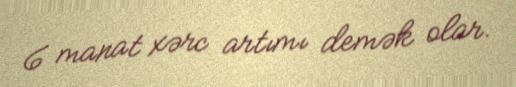
6 manat xərc artımı demək olar.